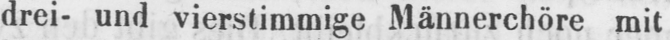
drei- und vierstimmige Männerchöre mit